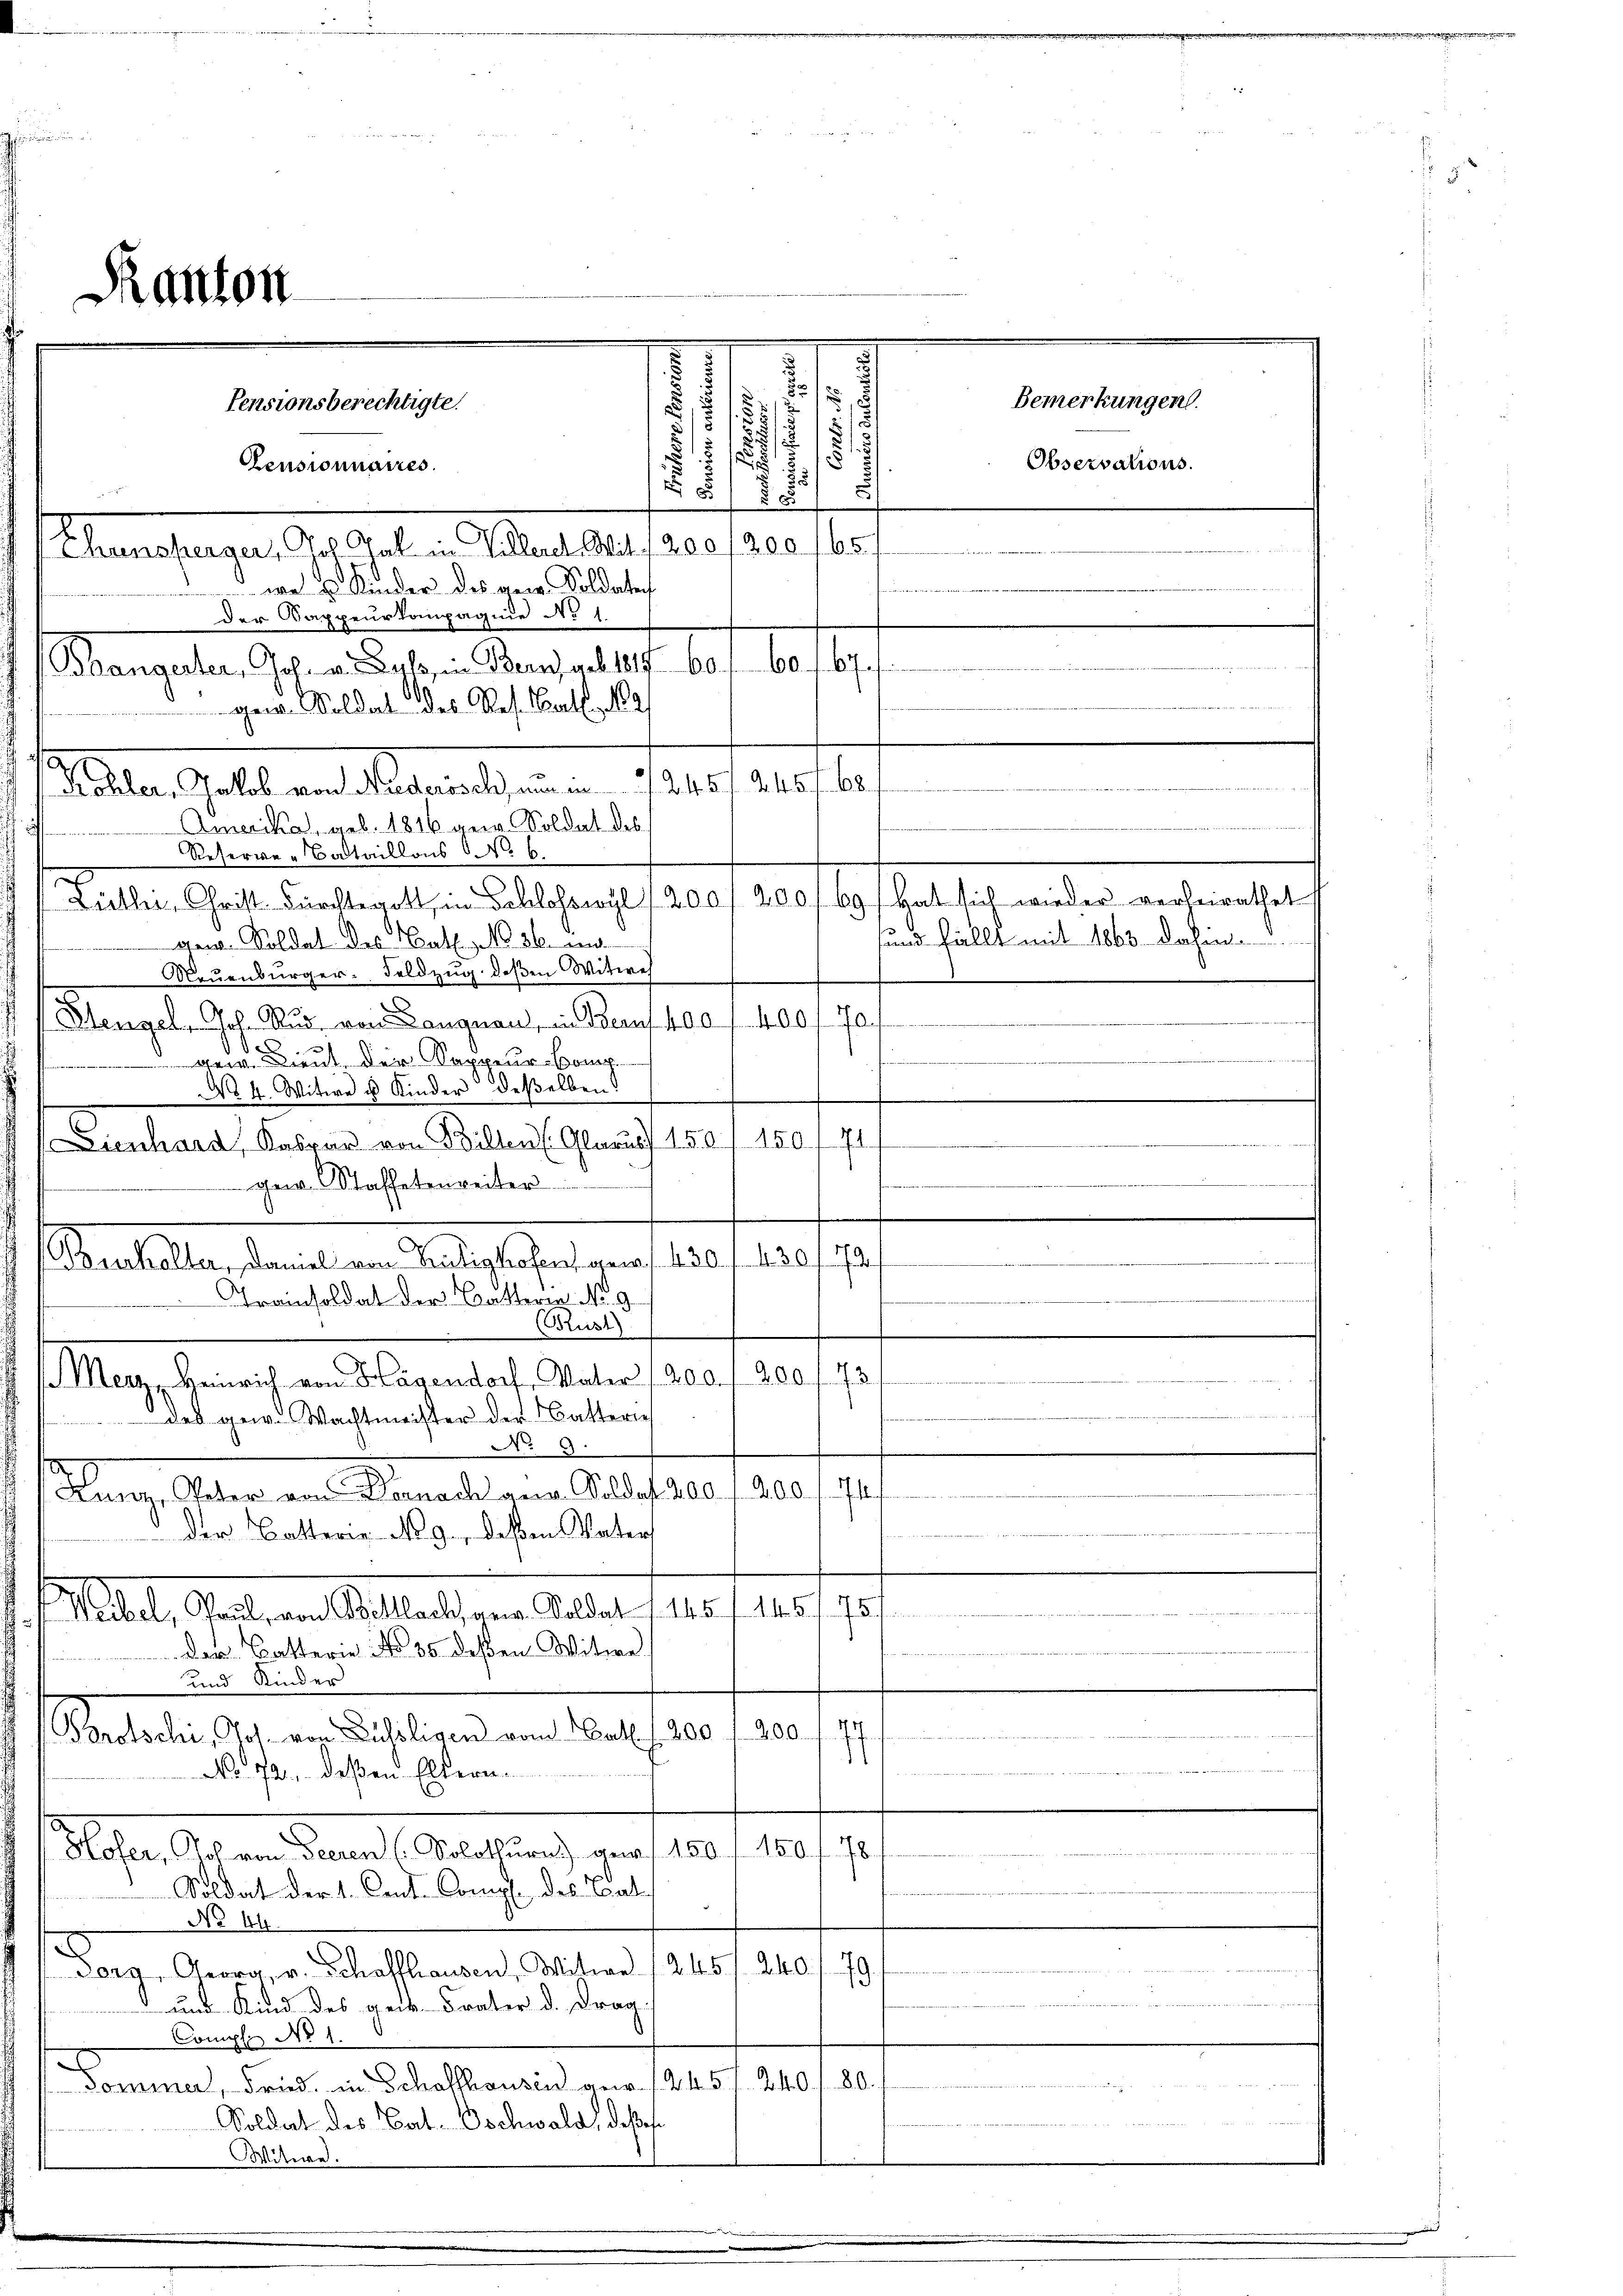
5
I
)
u
.
2

e
18
f
 514
Amerikas, geb. 1816 gew. Soldat des
d
Reserve-Bataillons No 6.
Lütler, Christ durchte gott, in Schlosswyl / 200, 200/69) hat sich wieder verheirathet
sund fällt mit 1863 dahin.
gen. Soldat des Bat. No. 36. ein
Neuenburger Feldzug deßen Witwe
.
Mengel, Joh. Rud. von Langnau, in Bern 400 f 400 f. 70
e
.
Dreut, der Sappeur-Comp.
No 4. Witwe u Kinder deßelben
50. 74
d
1 Lienhard Kaspar von Billen Glarus 150
ger. Staffetenreiter
6
.
(Burkalter, Daniel von Predighofen, gen f. 430 f. 430
Trainsoldat der Batterie No. 9.
ust)
Merz, Heinrich von Hagendorf, Vater 1200. / 200 f. 73

des gew. Wachtmeister der Batteri
No 4.
s
Rang, Vater von Danach an. Soldat 200 f 200 f. 71.
der Batterie No 9. deßen Vater
e
Weibel, Paul von Wollachsger. Soldat f 145 f. 146 f. 751
den Batterie No. 35 deßen Witwe
und Kinder
.
Porotschi, Jos. von Duseligen vom Cat. 1200. 1200.
.
No 72., deßen Eltern.
8
Sloten schen Land Stellung von 10 f 10.
Soldat der 1. Cent. Comp. des Bat
No 44.
t
Borg, Georg, v. Schaffhausen, Witwe / 245 f 240 f. 79.
" und Kind des geb. Frater d. Frag
Compl No 1.
                                      die der einen eine eine eine eine einen
Dominer, Fried. in Schaffhausen anr. 1 245 f. 240 f. 80.
Soldat des Cat. Oschwald, deße
Witwe.

Bhangester, Joh. v. Gyps, in Bern, geb. 1817. 60.
gen. Soldat des Res. dat. Na
de
Köhler, Jakob von Niederösch nun in     245 f. 245 f. 68

Ranton

wa u Kinder des gew. Soldaten
der Wappeurkompagnie No 1

89

Pensionsberechtigte.
Censionnaires.
Thunsherger, Joh. Gal in Viller. Mit 12001300 f 5

.
2
s

Bemerkungen.
Observations.